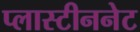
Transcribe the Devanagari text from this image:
प्लास्टीननेट